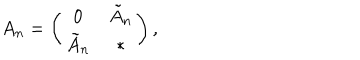
LaTeX: A _ { n } = \left( \begin{array} { c c } { { 0 } } & { { \tilde { A } _ { n } } } \\ { { \tilde { A } _ { n } } } & { { * } } \\ \end{array} \right) ,